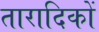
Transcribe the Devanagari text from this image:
तारादिकों